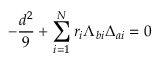
- { \frac { d ^ { 2 } } { 9 } } + \sum _ { i = 1 } ^ { N } r _ { i } \Lambda _ { b i } \Delta _ { a i } = 0